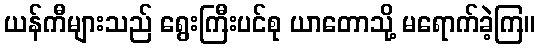
ယန်ကီများသည် ရွေးကြီးပင်စု ယာတောသို့ မရောက်ခဲ့ကြ။